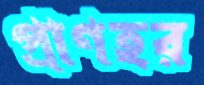
প্রাণহর